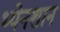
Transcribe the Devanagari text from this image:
थ्येनशान